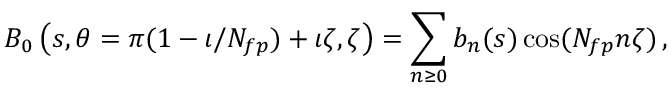
B _ { 0 } \left( s , \theta = \pi ( 1 - \iota / N _ { f p } ) + \iota \zeta , \zeta \right) = \sum _ { n \ge 0 } { b _ { n } } ( s ) \cos ( N _ { f p } n \zeta ) \, ,